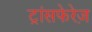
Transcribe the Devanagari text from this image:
ट्रांसफेरेज़